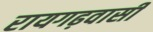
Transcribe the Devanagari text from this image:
रायगढ़वासी